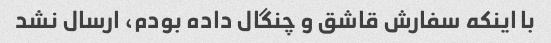
با اینکه سفارش قاشق و چنگال داده بودم، ارسال نشد